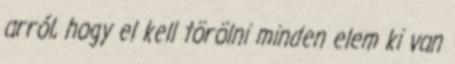
arról, hogy el kell törölni minden elem ki van